画像に写った文字を読んでください
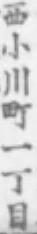
「西小川町一丁目」と書いてあります